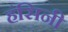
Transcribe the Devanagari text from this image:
हंसिनी